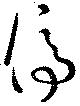
停